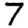
Digit: 7